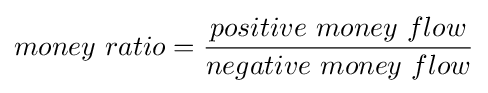
money\ ratio={positive\ money\ flow \over negative\ money\ flow}